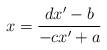
LaTeX: \begin{align*}x=\frac{dx'-b}{-cx'+a} \end{align*}